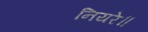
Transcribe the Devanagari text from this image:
नियरे॥